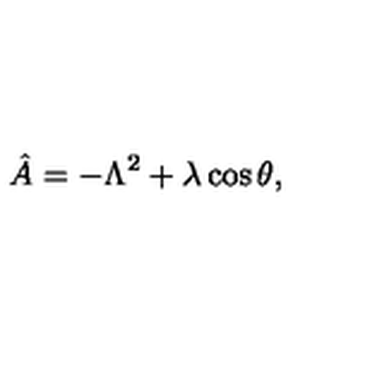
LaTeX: \hat { A } = - \Lambda ^ { 2 } + \lambda \cos \theta ,